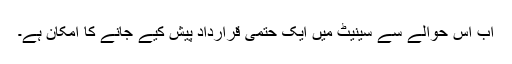
اب اس حوالے سے سینیٹ میں ایک حتمی قرارداد پیش کیے جانے کا امکان ہے۔